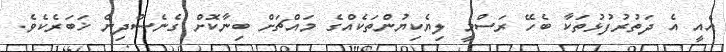
އެއީ އެ ދަތުރުުފުޅުތަކާ ބެހޭ ރަސްމީ ލިޔެކިޔުންތަކެއްގެ މައްޗަށް ބިނާކޮށް ގެނެސްދިން ޚަބަރެކެވެ.